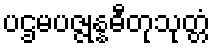
ပဌမပဇ္ဇုန္နဓီတုသုတ္တံ